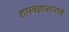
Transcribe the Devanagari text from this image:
शास्त्रज्ञासारखे